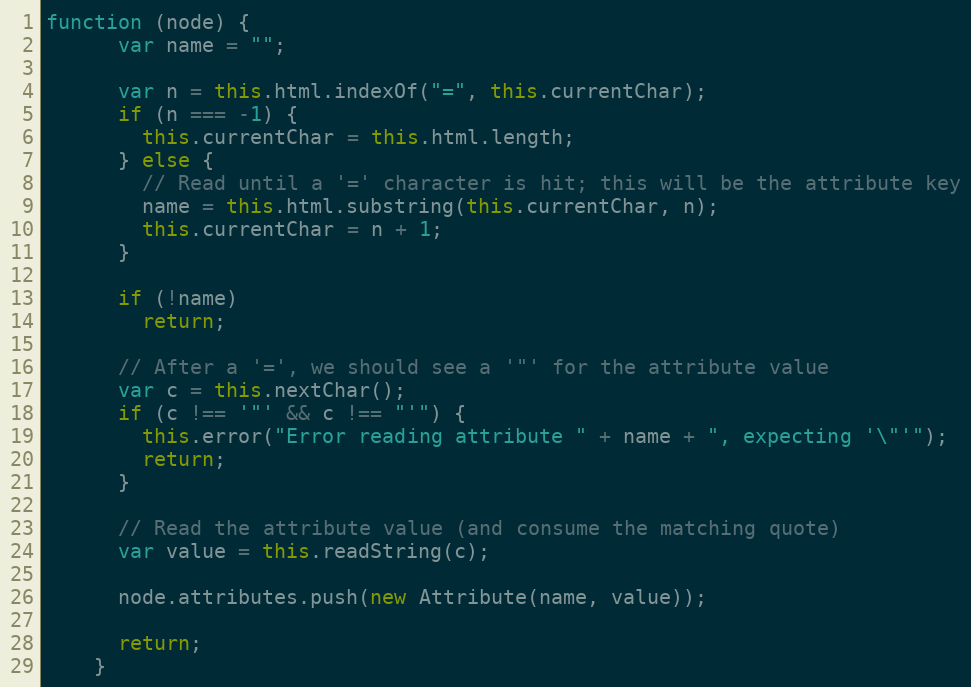
Language: JavaScript
function (node) {
      var name = "";

      var n = this.html.indexOf("=", this.currentChar);
      if (n === -1) {
        this.currentChar = this.html.length;
      } else {
        // Read until a '=' character is hit; this will be the attribute key
        name = this.html.substring(this.currentChar, n);
        this.currentChar = n + 1;
      }

      if (!name)
        return;

      // After a '=', we should see a '"' for the attribute value
      var c = this.nextChar();
      if (c !== '"' && c !== "'") {
        this.error("Error reading attribute " + name + ", expecting '\"'");
        return;
      }

      // Read the attribute value (and consume the matching quote)
      var value = this.readString(c);

      node.attributes.push(new Attribute(name, value));

      return;
    }